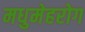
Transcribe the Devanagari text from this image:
मधुमेहरोग